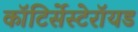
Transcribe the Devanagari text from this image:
कॉटिर्सेस्टेरॉयड